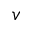
v